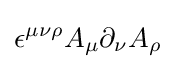
\epsilon ^{\mu \nu \rho }A_{\mu }\partial _{\nu }A_{\rho }